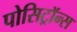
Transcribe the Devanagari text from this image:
पोसिट्रॉन्स